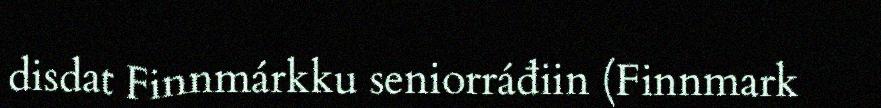
disdat Finnmárkku seniorráđiin (Finnmark